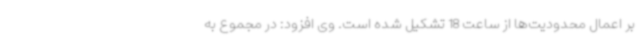
بر اعمال محدودیت‌ها از ساعت 18 تشکیل شده است. وی افزود: در مجموع به